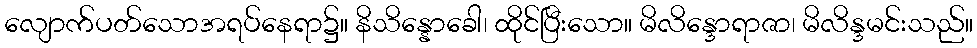
လျောက်ပတ်သောအရပ်နေရာ၌။ နိသိန္နောခေါ၊ ထိုင်ပြီးသော။ မိလိန္ဒောရာဇာ၊ မိလိန္ဒမင်းသည်။